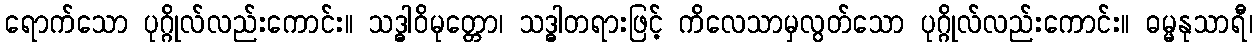
ရောက်သော ပုဂ္ဂိုလ်လည်းကောင်း။ သဒ္ဓါဝိမုတ္တော၊ သဒ္ဓါတရားဖြင့် ကိလေသာမှလွတ်သော ပုဂ္ဂိုလ်လည်းကောင်း။ ဓမ္မနုသာရီ၊